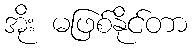
အိုး မဖြစ်နိုင်တာ